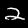
Label: 2